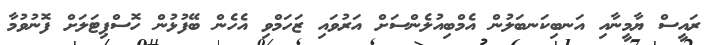
ރައީސް ޔާމީނާއި އަނބިކަނބަލުން އެމްބިއުލެންސަށް އަރުވައި ޒަހަމްވި އެހެން ބޭފުޅުން ހޮސްޕިޓަލަށް ފޮނުވުމާ